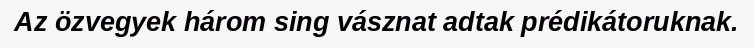
Az özvegyek három sing vásznat adtak prédikátoruknak.